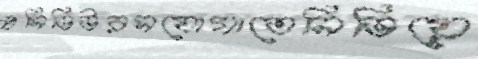
প্রসিডিউরসযোগাতেনিভিয়ে